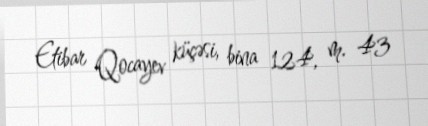
Etibar Qocayev küçəsi, bina 124, m. 43